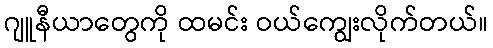
ဂျူနီယာတွေကို ထမင်း ဝယ်ကျွေးလိုက်တယ်။